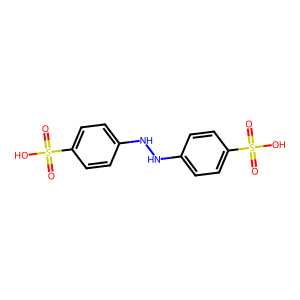
SMILES: O=S(=O)(O)c1ccc(NNc2ccc(S(=O)(=O)O)cc2)cc1
Inhibits HIV replication: No